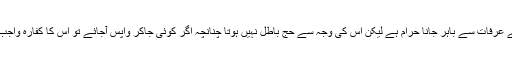
(۳۷۰) جان بوجھ کر غروب آفتاب سے پہلے عرفات سے باہر جانا حرام ہے لیکن اس کی وجہ سے حج باطل نہیں ہوتا چنانچہ اگر کوئی جاکر واپس آجائے تو اس کا کفارہ واجب نہیں ہے ورنہ ایک اونٹ کفارہ واجب ہوگا۔